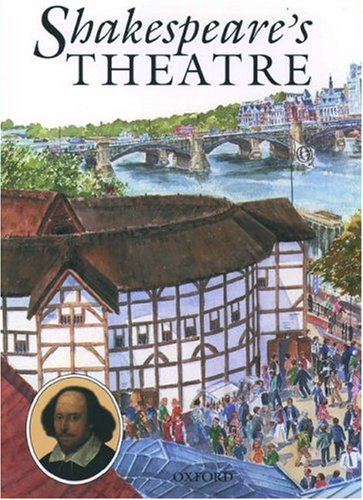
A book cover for Shakespeare's Theatre; Andrew Langley; Teen & Young Adult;